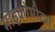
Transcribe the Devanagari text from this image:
माइक्रोमीटर्स